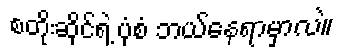
စတိုးဆိုင်ရဲ့ ပုံစံ ဘယ်နေရာမှာလဲ။